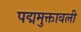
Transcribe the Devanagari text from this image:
पद्ममुक्तावली